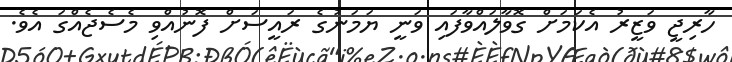
ހާރިޖީ ވަޒީރު އެކަމަށް ގޮވާލައްވާފައި ވަނީ ޔަމަނުގެ ރައީސަށް ފޮނުއްވި މެސެޖެއްގަ އެވެ.